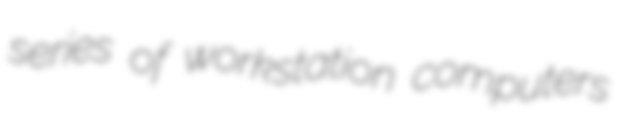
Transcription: series of workstation computers